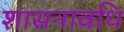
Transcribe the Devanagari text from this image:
शासनावधि